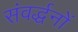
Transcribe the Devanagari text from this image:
संवर्द्धनों